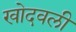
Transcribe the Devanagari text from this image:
खोदवली